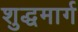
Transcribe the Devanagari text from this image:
शुद्धमार्ग